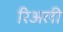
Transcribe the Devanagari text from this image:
रिअली